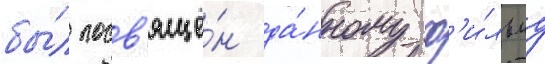
бы́л посв'ящё́н да́нному ф'и́льму